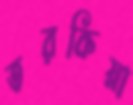
তরকিয়া